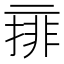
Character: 𠄽